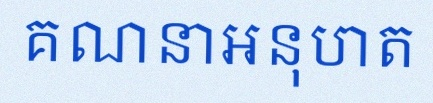
គណនាអនុបាត